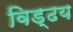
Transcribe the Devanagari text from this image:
विड्ढय